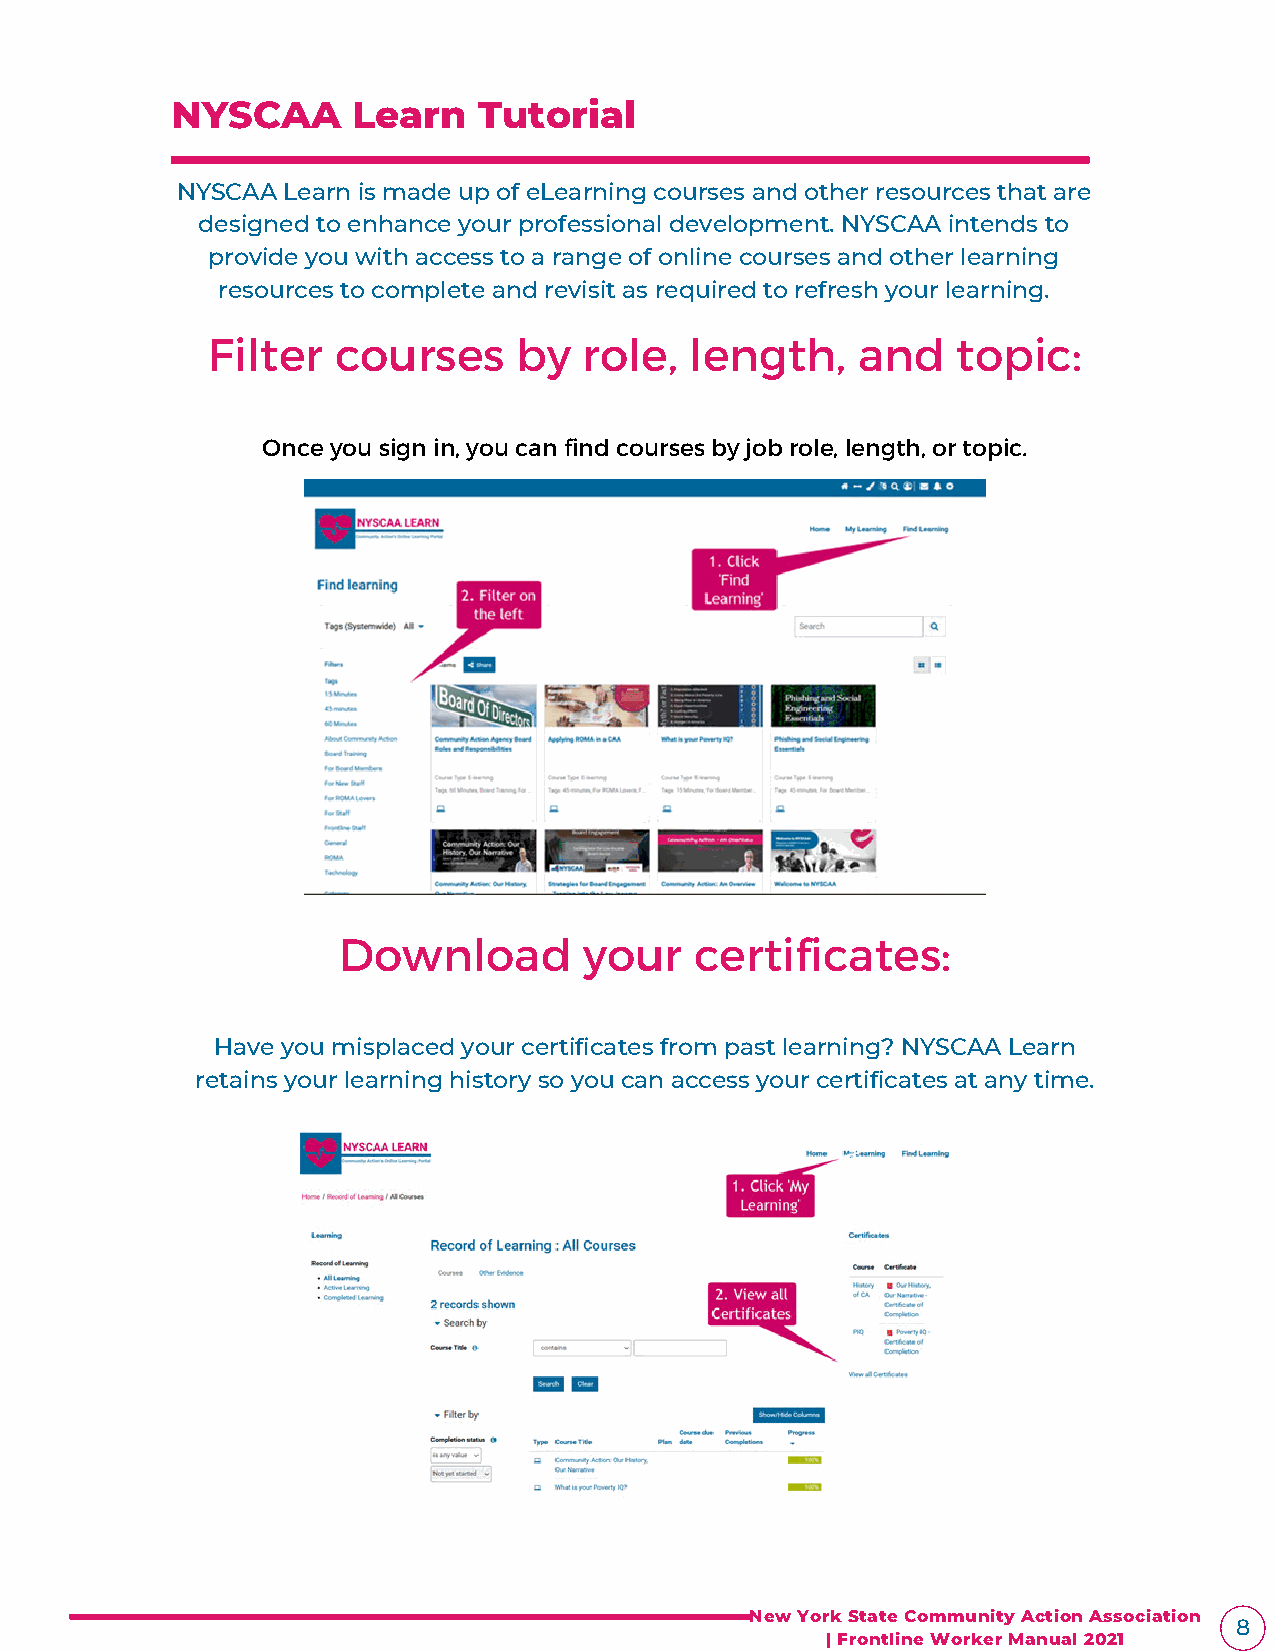
NYSCAA      Learn    Tutorial
 NYSCAA Learn is made up of eLearning courses and other resources that are
 designed to enhance your professional development. NYSCAA intends to
 provide you with access to a range of online courses and other learning
 resources to complete and revisit as required to refresh your learning.
 Filter  courses     by   role,  length,    and   topic:
 Once you sign in, you can find courses by job role, length, or topic.
 Download         your   certificates:
 Have you misplaced your certificates from past learning? NYSCAA Learn
 retains your learning history so you can access your certificates at any time.
 New York State Community Action Association
 8
 | Frontline Worker Manual 2021